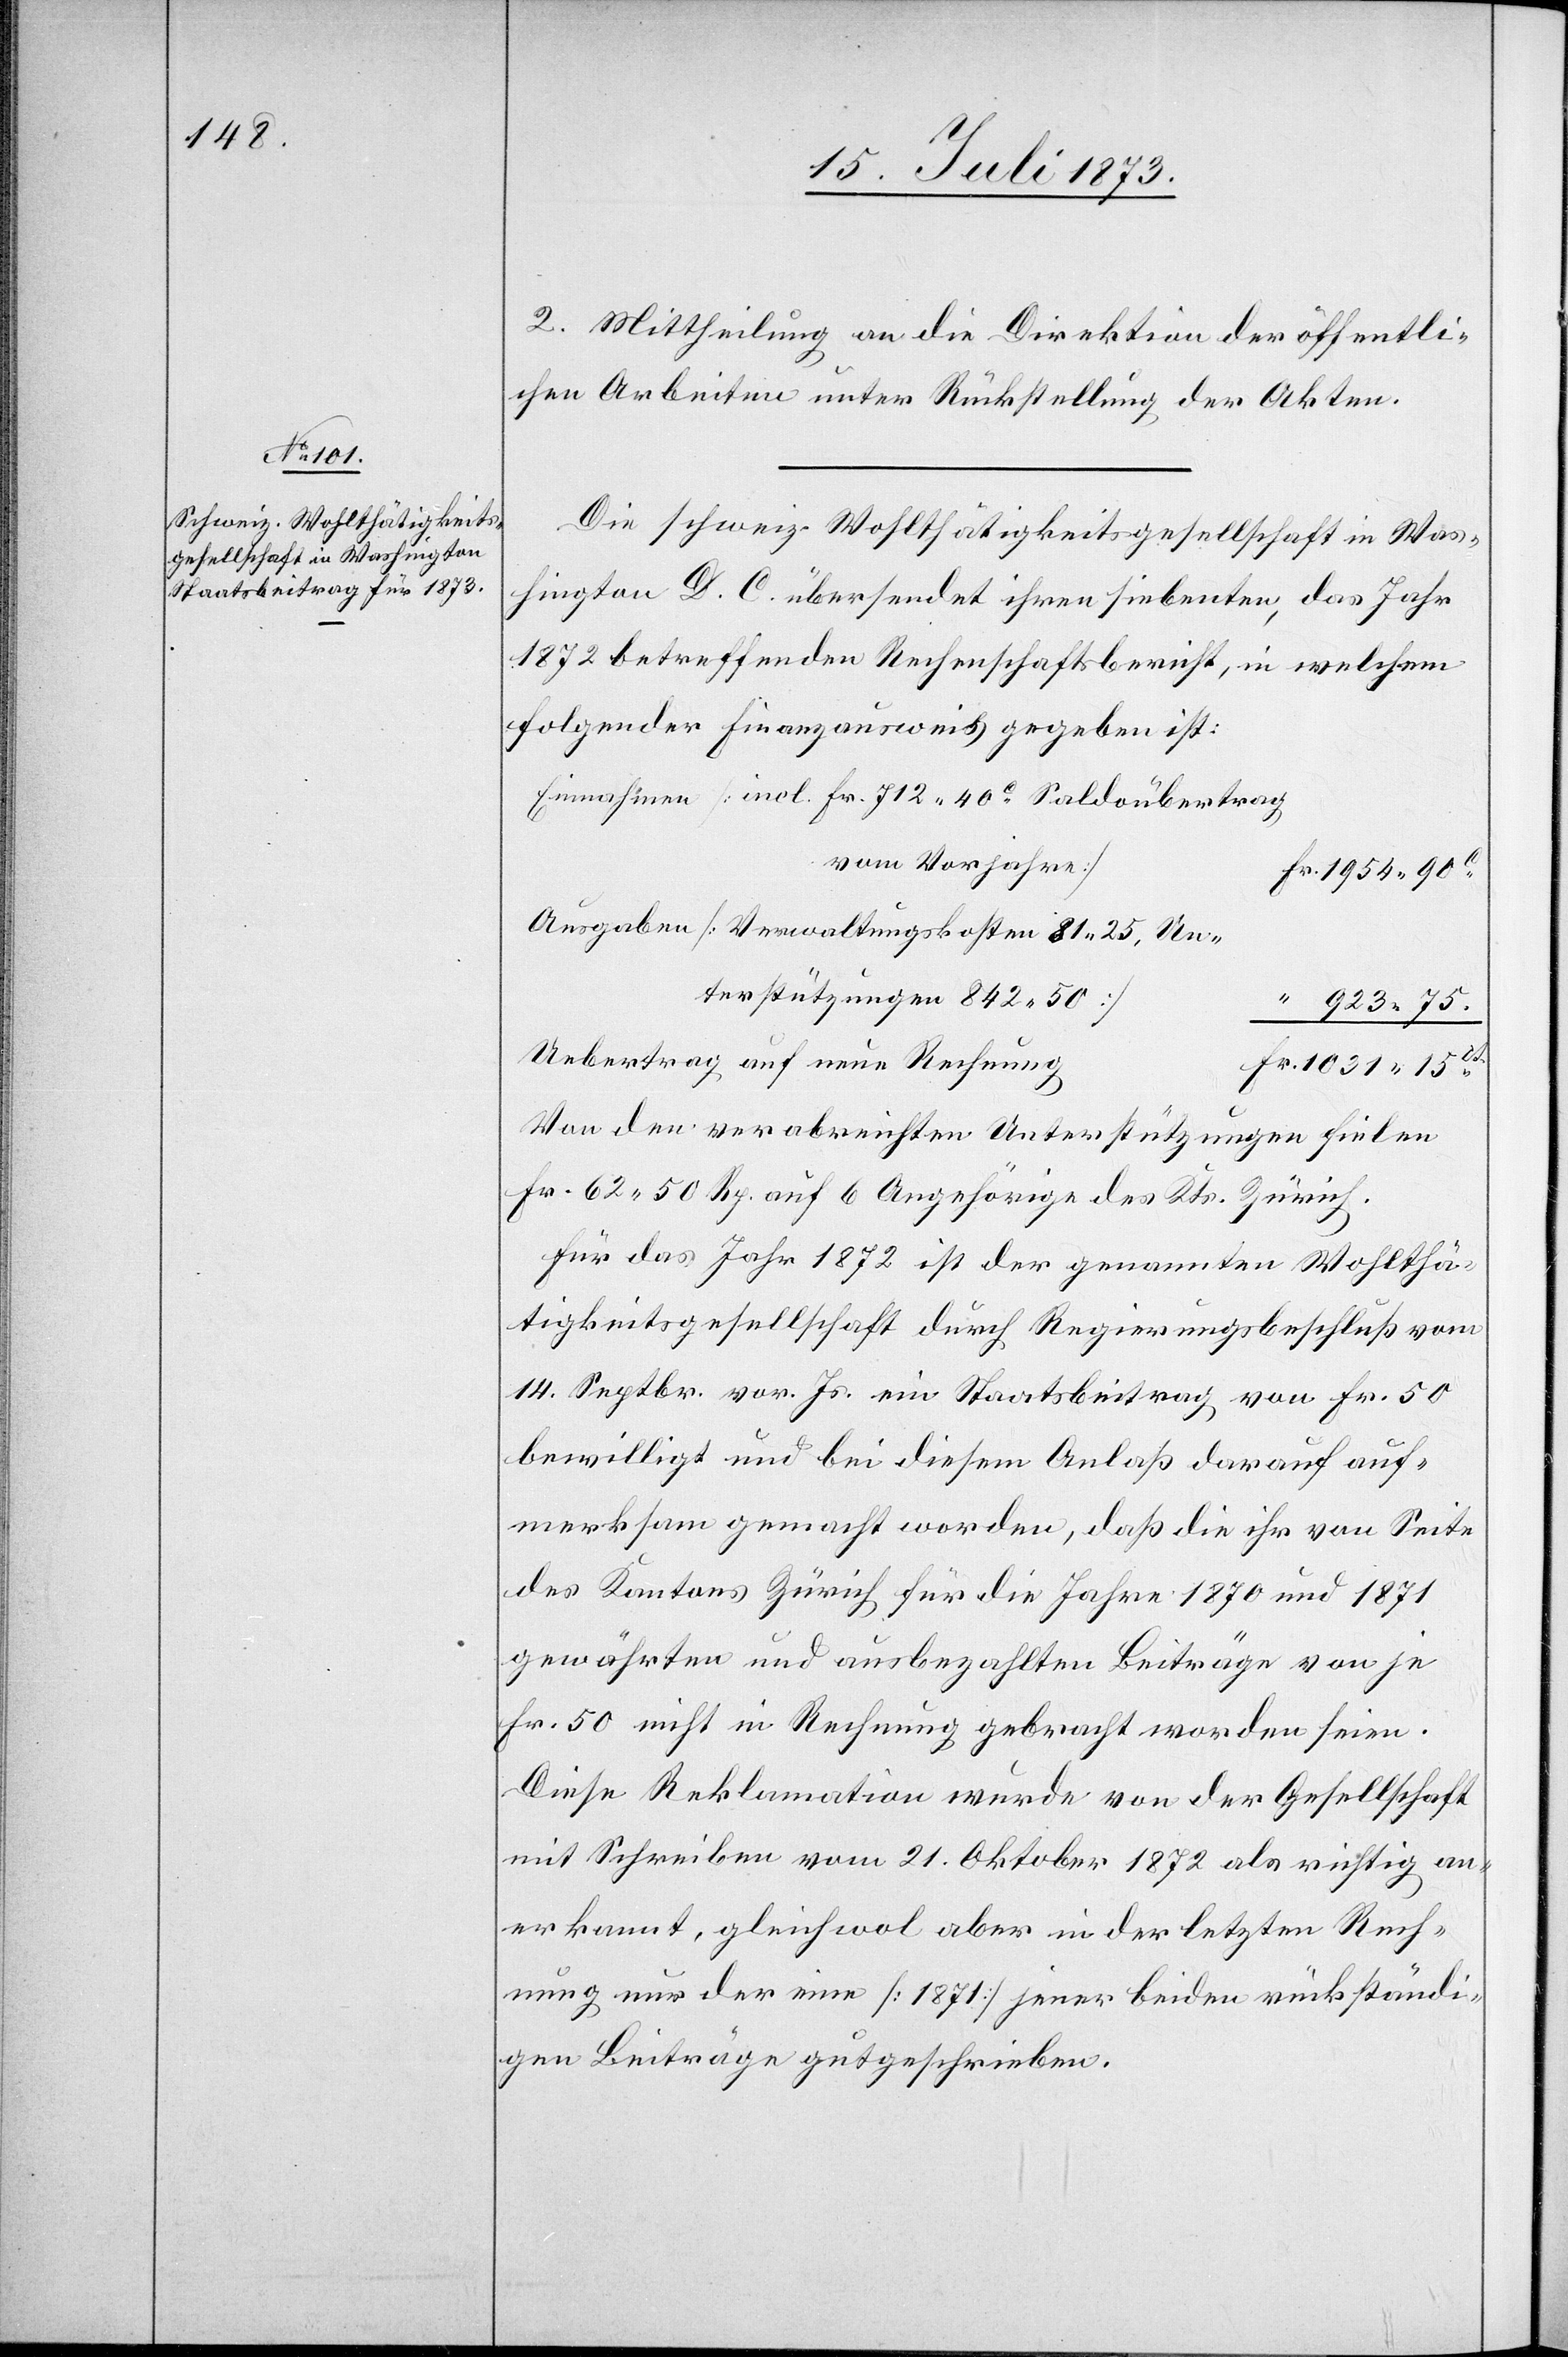
2. Mittheilung an die Direktion der öffentli¬
chen Arbeiten unter Rückstellung der Akten.